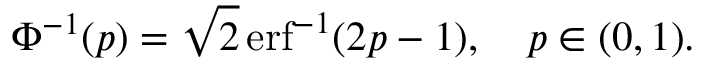
\Phi ^ { - 1 } ( p ) = { \sqrt { 2 } } \operatorname { e r f } ^ { - 1 } ( 2 p - 1 ) , \quad p \in ( 0 , 1 ) .